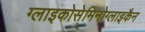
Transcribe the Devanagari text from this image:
ग्लाइकोसेमिनोग्लाइकैन